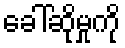
ခေါ်ဆိုမှုကို